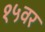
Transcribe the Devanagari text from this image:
१५वर